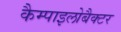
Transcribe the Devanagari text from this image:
कैम्पाइलोबैक्टर